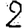
Digit: 2